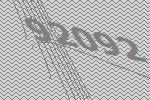
92092